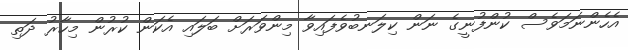
އެހެންނަމަވެސް ކުންފުނީގެ ނަން ކިލަނބުވެފައިވާ މިންވަރަށް ބަލައި އެކަން ކުރުން މިހާރު ދަތި